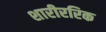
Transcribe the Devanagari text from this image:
शारीररिक